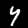
Digit: 4